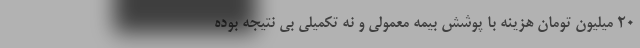
20 میلیون تومان هزینه با پوشش بیمه معمولی و نه تکمیلی بی نتیجه بوده